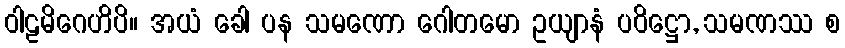
ဝါဠမိဂေဟိပိ။ အယံ ခေါ ပန သမဏော ဂေါတမော ဥယျာနံ ပဝိဋ္ဌော, သမဏဿ စ